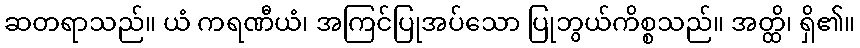
ဆတရာသည်။ ယံ ကရဏီယံ၊ အကြင်ပြုအပ်သော ပြုဘွယ်ကိစ္စသည်။ အတ္ထိ၊ ရှိ၏။